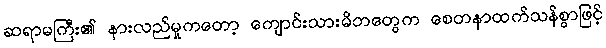
ဆရာမကြီး၏ နားလည်မှုကတော့ ကျောင်းသားမိဘတွေက စေတနာထက်သန်စွာဖြင့်